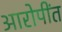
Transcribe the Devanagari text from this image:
आरोपींत